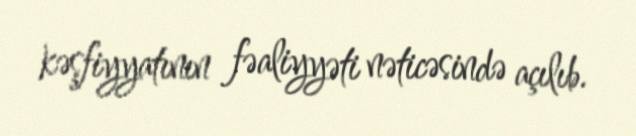
kəşfiyyatının fəaliyyəti nəticəsində açılıb.